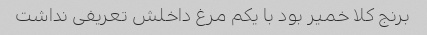
برنج کلا خمیر بود با یکم مرغ داخلش تعریفی نداشت